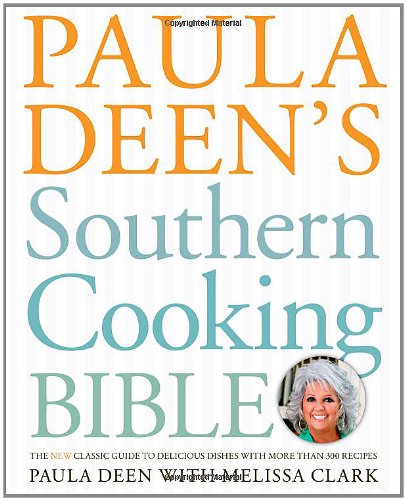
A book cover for Paula Deen's Southern Cooking Bible: The New Classic Guide to Delicious Dishes with More Than 300 Recipes; Paula Deen; Cookbooks, Food & Wine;